Voisiku_vallavalitsus, lk 530
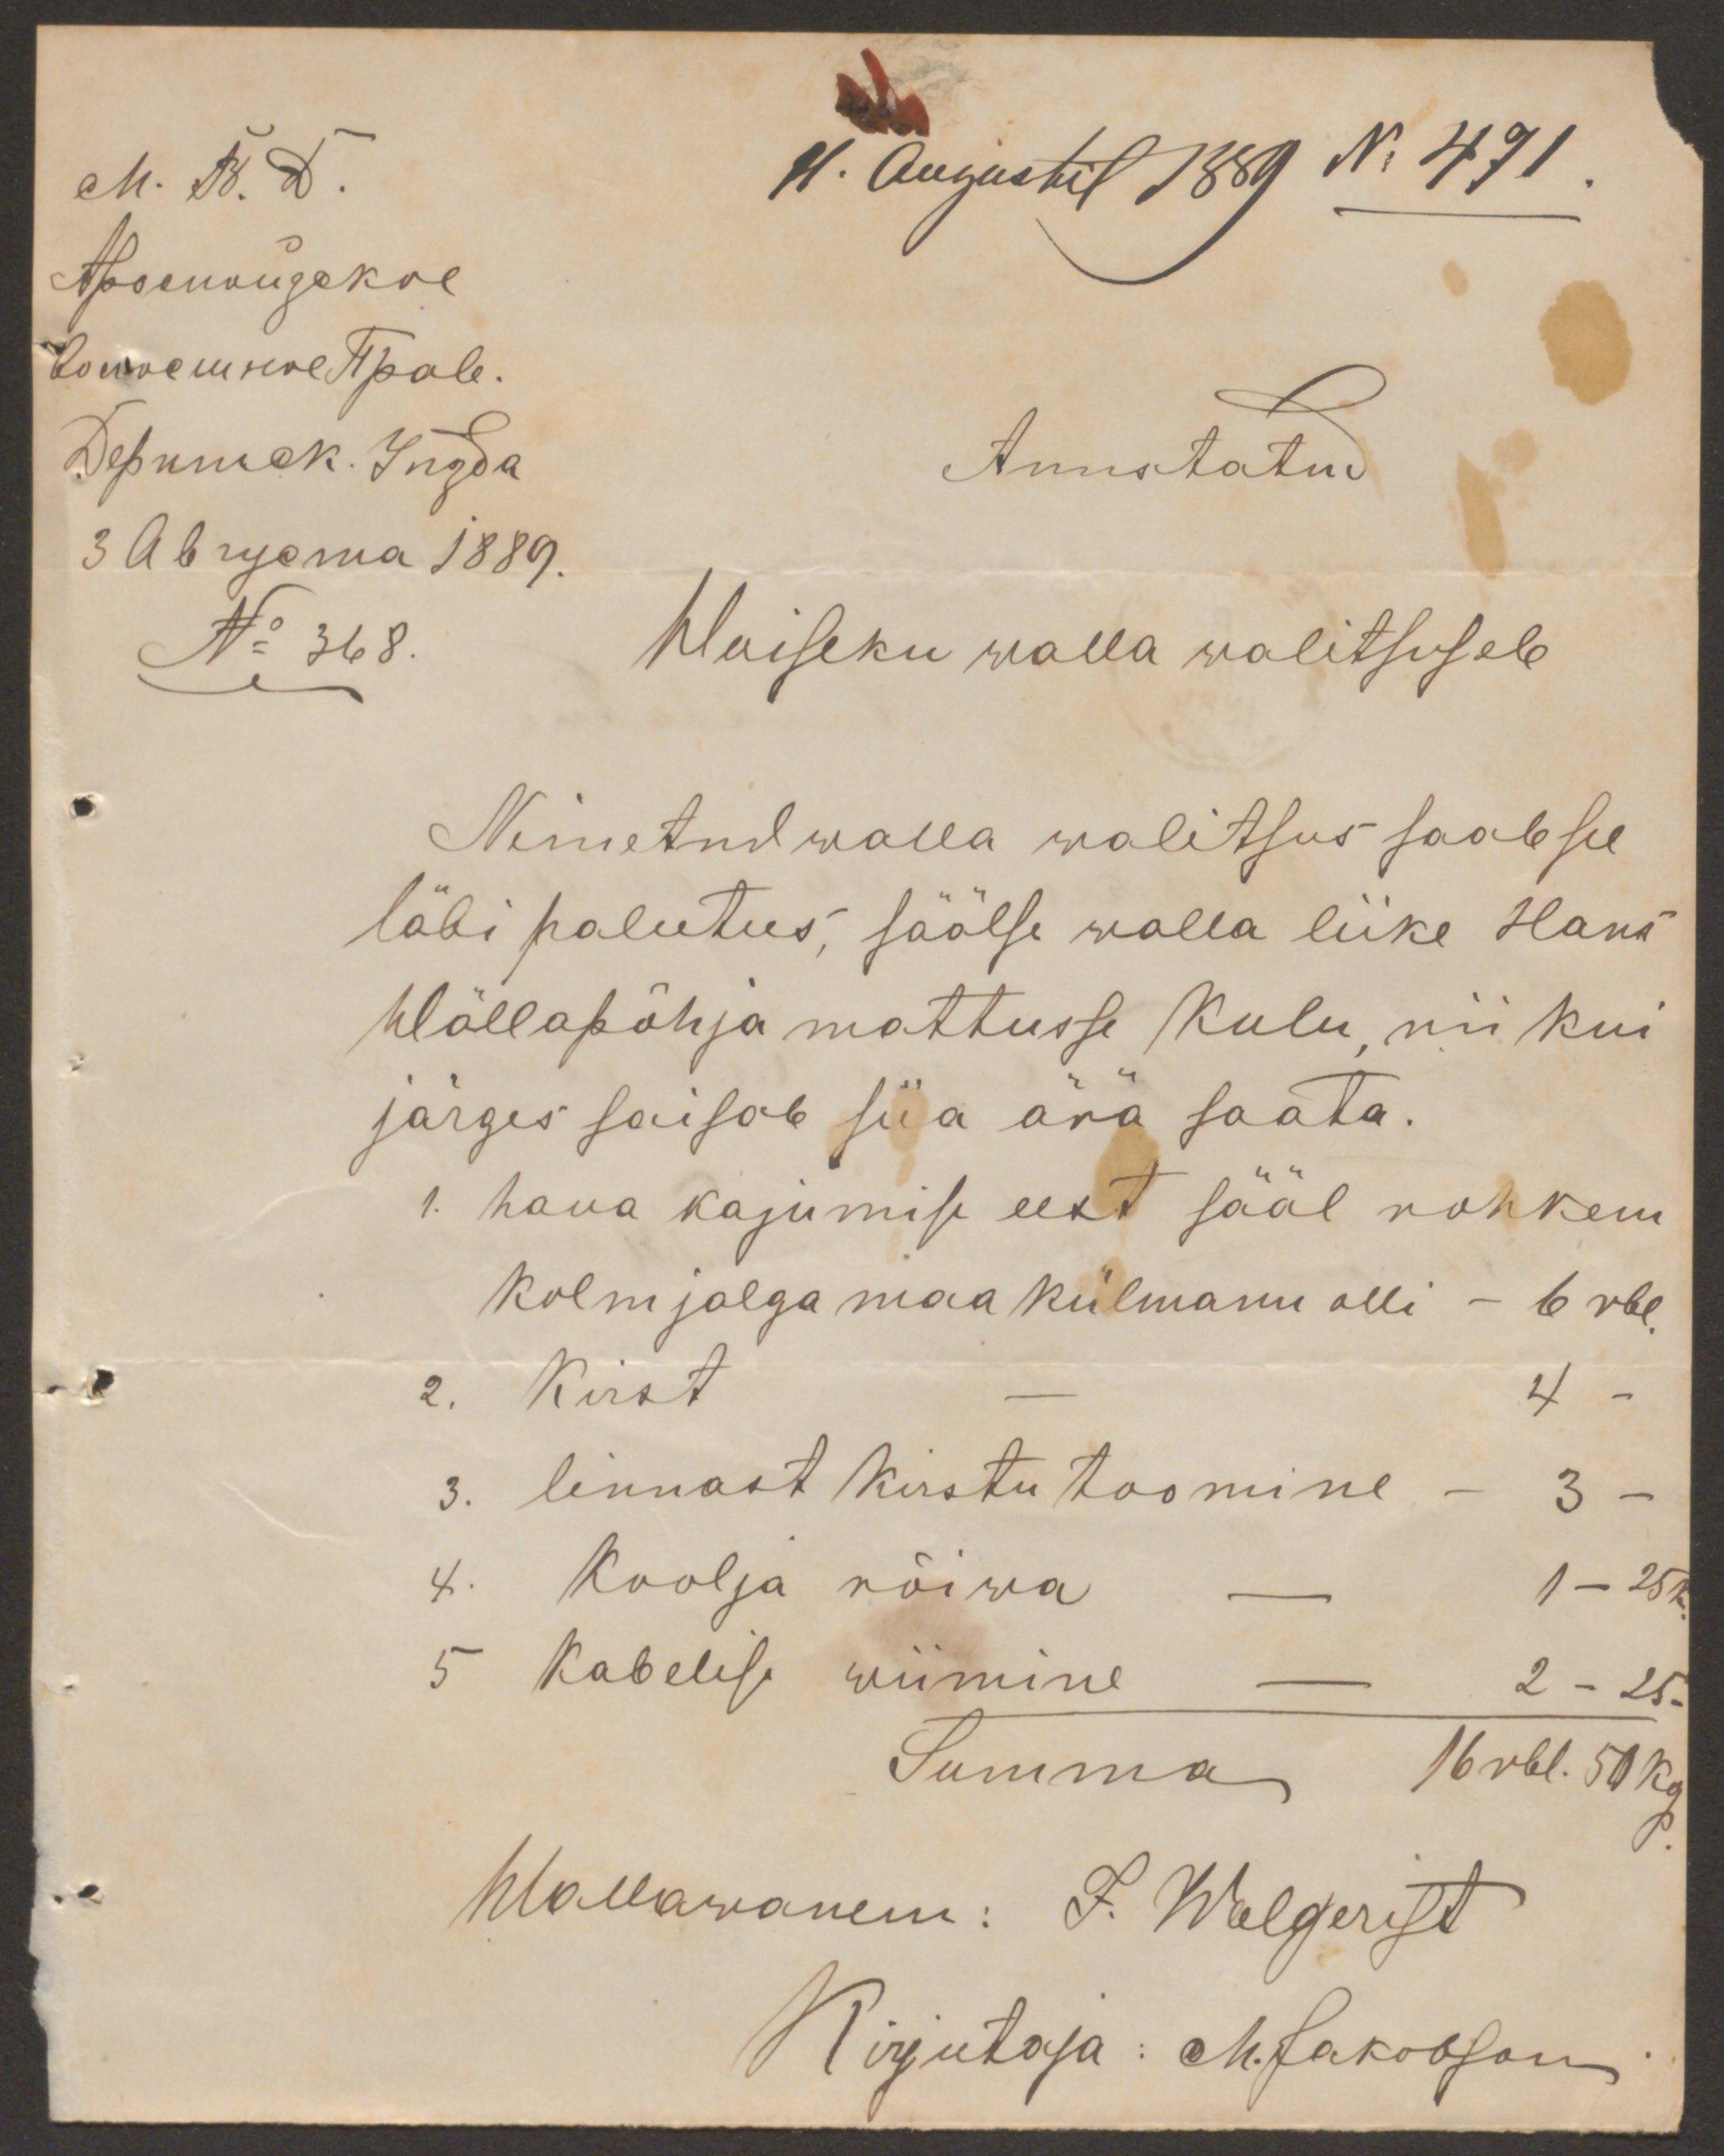
11. Augustil 1889 No 471.
Auustatud
No 368.
Woiseku walla walitsusele
Nimetud walla walitsus saab see
läbi palutus, säälse walla liike Hans
Wällapõhja mattusse kulu, nii kui
järges saisab siia ära saata.
1. haua kajumise eest sääl rohkem
kolm jalga maa külmanu olli - 6 rbl.
2. Kirst - 4 -
3. linnast kirstu toomine - 3 -
4. Koolja rõiwa - 1 - 25 k
5 Kabelise wiimine - 2 - 25.
Summa 16 rbl. 50 kop.
Wallawanem: J. Walgerist
Kirjutaja: M. Jakobson